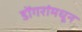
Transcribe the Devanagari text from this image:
डोंगरांमधून